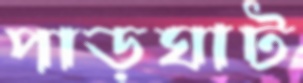
পাড়ঘাট